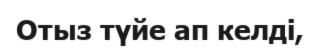
Отыз түйе ап келді,